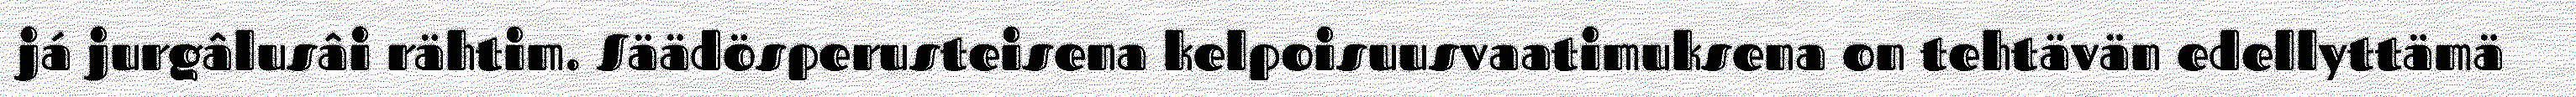
já jurgâlusâi rähtim. Säädösperusteisena kelpoisuusvaatimuksena on tehtävän edellyttämä